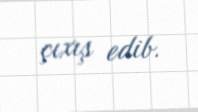
çıxış edib.